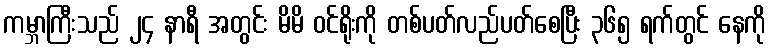
ကမ္ဘာကြီးသည် ၂၄ နာရီ အတွင်း မိမိ ဝင်ရိုးကို တစ်ပတ်လည်ပတ်စေပြီး ၃၆၅ ရက်တွင် နေကို